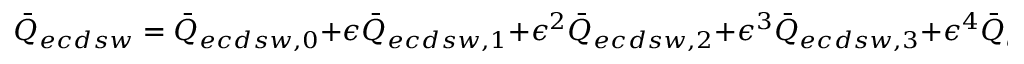
\bar { Q } _ { e c d s w } = \bar { Q } _ { e c d s w , 0 } + \epsilon \bar { Q } _ { e c d s w , 1 } + \epsilon ^ { 2 } \bar { Q } _ { e c d s w , 2 } + \epsilon ^ { 3 } \bar { Q } _ { e c d s w , 3 } + \epsilon ^ { 4 } \bar { Q } _ { e c d s w , 4 } + \epsilon ^ { 5 } \bar { Q } _ { e c d s w , 5 } ,